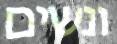
ונשים